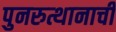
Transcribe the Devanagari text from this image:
पुनरुत्थानाची